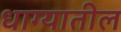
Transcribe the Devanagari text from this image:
धाग्यातील